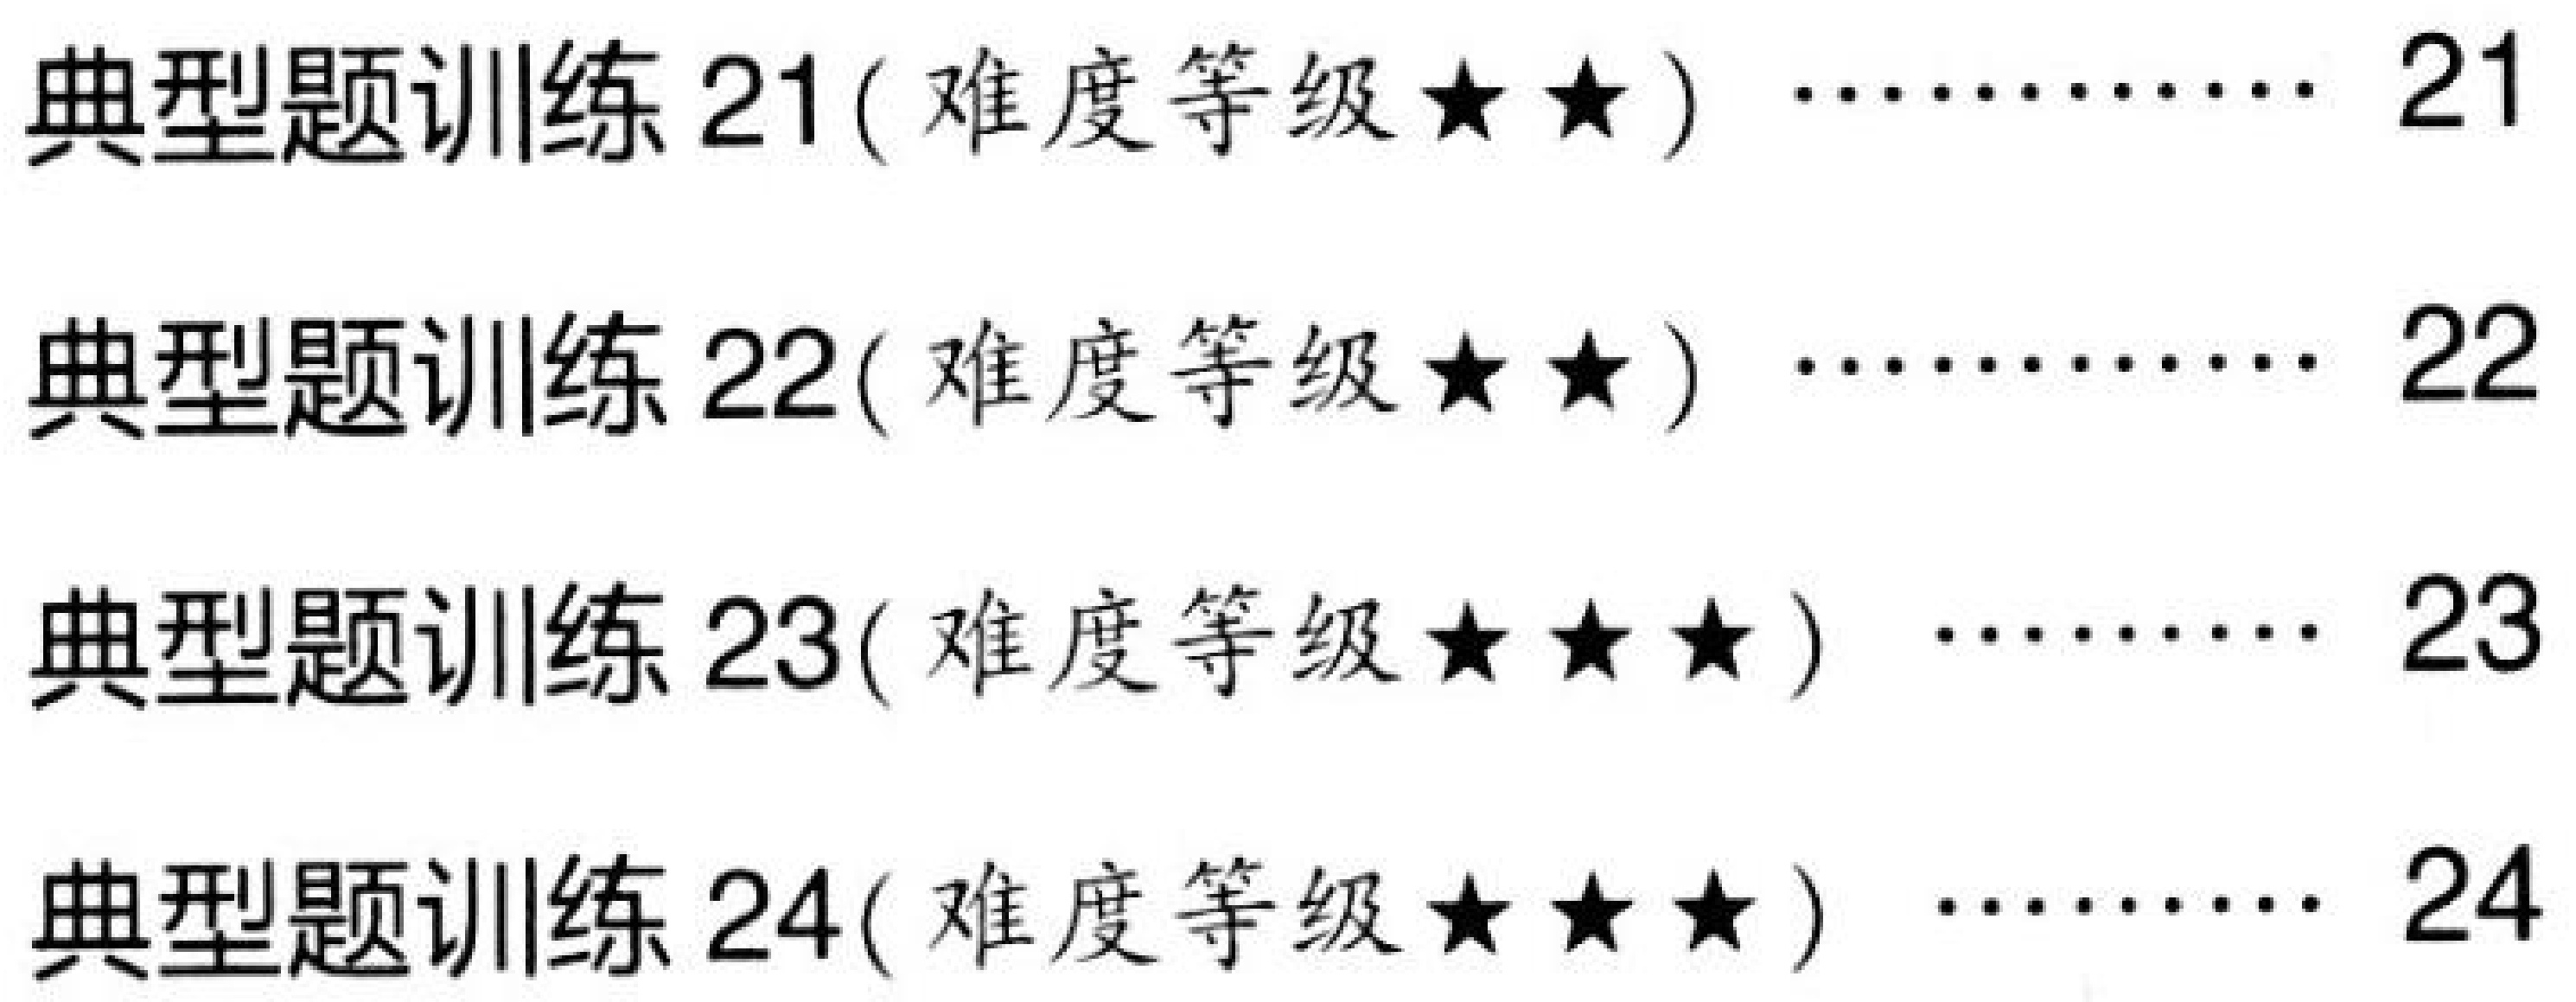
典型题训练 21( 难度等级★★) ………… 21
典型题训练 22( 难度等级★★) ………… 22
典型题训练 23( 难度等级★★★) ……… 23
典型题训练 24( 难度等级★★★) ……… 24